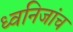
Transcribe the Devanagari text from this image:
ध्वनिजांच